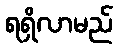
ရရှိလာမည်